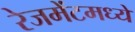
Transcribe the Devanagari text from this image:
रेजमेंटमध्ये